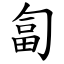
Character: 匐